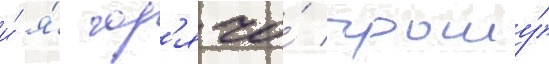
и́ я́ гор'ячо́ прошу́